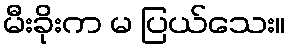
မီးခိုးက မ ပြယ်သေး။